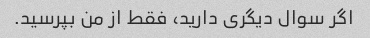
اگر سوال دیگری دارید، فقط از من بپرسید.